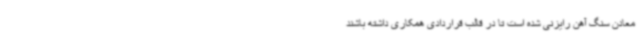
معادن سنگ آهن رایزنی شده است تا در قالب قراردادی همکاری داشته باشند